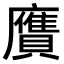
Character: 𧸛